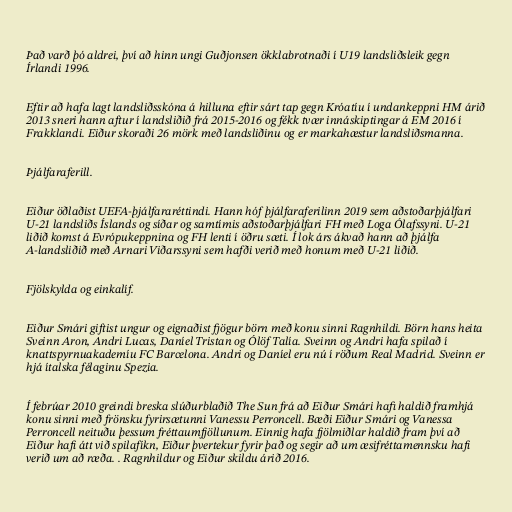
Það varð þó aldrei, því að hinn ungi Guðjonsen ökklabrotnaði í U19 landsliðsleik gegn
Írlandi 1996.

Eftir að hafa lagt landsliðsskóna á hilluna eftir sárt tap gegn Króatíu í undankeppni HM árið
2013 sneri hann aftur í landsliðið frá 2015-2016 og fékk tvær innáskiptingar á EM 2016 í
Frakklandi. Eiður skoraði 26 mörk með landsliðinu og er markahæstur landsliðsmanna.

Þjálfaraferill.

Eiður öðlaðist UEFA-þjálfararéttindi. Hann hóf þjálfaraferilinn 2019 sem aðstoðarþjálfari
U-21 landsliðs Íslands og síðar og samtímis aðstoðarþjálfari FH með Loga Ólafssyni. U-21
liðið komst á Evrópukeppnina og FH lenti í öðru sæti. Í lok árs ákvað hann að þjálfa
A-landsliðið með Arnari Viðarssyni sem hafði verið með honum með U-21 liðið.

Fjölskylda og einkalíf.

Eiður Smári giftist ungur og eignaðist fjögur börn með konu sinni Ragnhildi. Börn hans heita
Sveinn Aron, Andri Lucas, Daníel Tristan og Ólöf Talía. Sveinn og Andri hafa spilað í
knattspyrnuakademíu FC Barcelona. Andri og Daníel eru nú í röðum Real Madrid. Sveinn er
hjá ítalska félaginu Spezia.

Í febrúar 2010 greindi breska slúðurblaðið The Sun frá að Eiður Smári hafi haldið framhjá
konu sinni með frönsku fyrirsætunni Vanessu Perroncell. Bæði Eiður Smári og Vanessa
Perroncell neituðu þessum fréttaumfjöllunum. Einnig hafa fjölmiðlar haldið fram því að
Eiður hafi átt við spilafíkn, Eiður þvertekur fyrir það og segir að um æsifréttamennsku hafi
verið um að ræða. . Ragnhildur og Eiður skildu árið 2016.